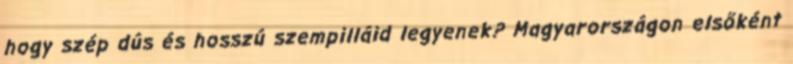
hogy szép dús és hosszú szempilláid legyenek? Magyarországon elsőként